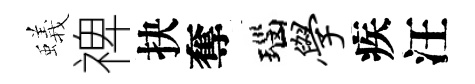
蟻禆抉奪瑙学疾汪